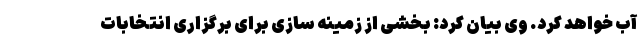
آب خواهد کرد. وی بیان کرد: بخشی از زمینه سازی برای برگزاری انتخابات